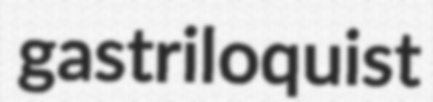
gastriloquist